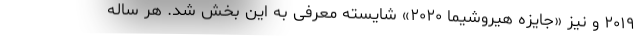
۲۰۱۹ و نیز «جایزه هیروشیما ٢٠٢٠» شایسته معرفی به این بخش شد. هر ساله